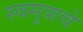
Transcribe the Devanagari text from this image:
स्वमूत्राचे